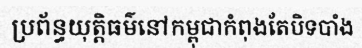
ប្រព័ន្ធយុត្តិធម៌នៅកម្ពុជាកំពុងតែបិទបាំង